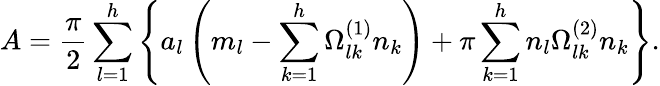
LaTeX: A={\frac{\pi}{2}}\sum_{l=1}^{h}\left\{ a_{l}\left(m_{l}-\sum_{k=1}^{h}\Omega_{lk}^{(1)}n_{k}\right)+\pi\sum_{k=1}^{h}n_{l}\Omega_{lk}^{(2)}n_{k}\right\} .